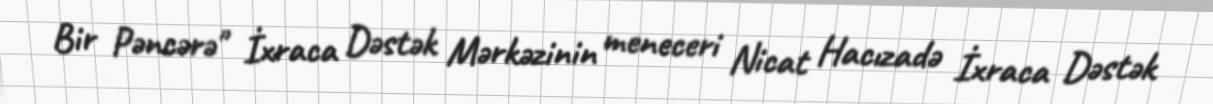
Bir Pəncərə" İxraca Dəstək Mərkəzinin meneceri Nicat Hacızadə İxraca Dəstək